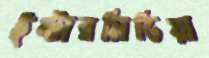
ইন্টারমিডিয়া